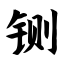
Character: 铡